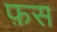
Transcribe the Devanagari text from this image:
फ़स